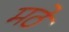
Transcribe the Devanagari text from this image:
मठे